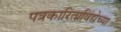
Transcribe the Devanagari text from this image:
पत्रकारिताविद्येच्या